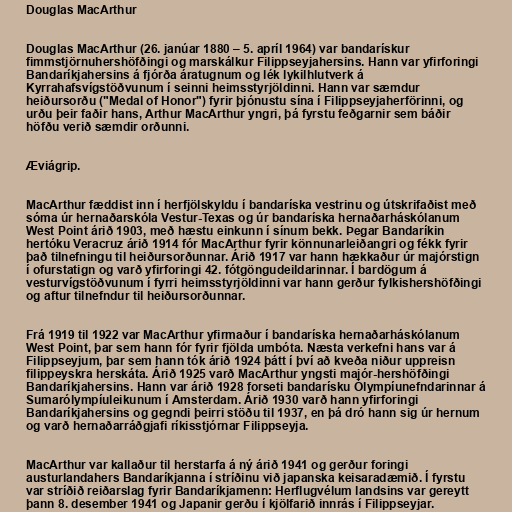
Douglas MacArthur

Douglas MacArthur (26. janúar 1880 – 5. apríl 1964) var bandarískur
fimmstjörnuhershöfðingi og marskálkur Filippseyjahersins. Hann var yfirforingi
Bandaríkjahersins á fjórða áratugnum og lék lykilhlutverk á
Kyrrahafsvígstöðvunum í seinni heimsstyrjöldinni. Hann var sæmdur
heiðursorðu ("Medal of Honor") fyrir þjónustu sína í Filippseyjaherförinni, og
urðu þeir faðir hans, Arthur MacArthur yngri, þá fyrstu feðgarnir sem báðir
höfðu verið sæmdir orðunni.

Æviágrip.

MacArthur fæddist inn í herfjölskyldu í bandaríska vestrinu og útskrifaðist með
sóma úr hernaðarskóla Vestur-Texas og úr bandaríska hernaðarháskólanum
West Point árið 1903, með hæstu einkunn í sínum bekk. Þegar Bandaríkin
hertóku Veracruz árið 1914 fór MacArthur fyrir könnunarleiðangri og fékk fyrir
það tilnefningu til heiðursorðunnar. Árið 1917 var hann hækkaður úr majórstign
í ofurstatign og varð yfirforingi 42. fótgöngudeildarinnar. Í bardögum á
vesturvígstöðvunum í fyrri heimsstyrjöldinni var hann gerður fylkishershöfðingi
og aftur tilnefndur til heiðursorðunnar.

Frá 1919 til 1922 var MacArthur yfirmaður í bandaríska hernaðarháskólanum
West Point, þar sem hann fór fyrir fjölda umbóta. Næsta verkefni hans var á
Filippseyjum, þar sem hann tók árið 1924 þátt í því að kveða niður uppreisn
filippeyskra herskáta. Árið 1925 varð MacArthur yngsti majór-hershöfðingi
Bandaríkjahersins. Hann var árið 1928 forseti bandarísku Ólympíunefndarinnar á
Sumarólympíuleikunum í Amsterdam. Árið 1930 varð hann yfirforingi
Bandaríkjahersins og gegndi þeirri stöðu til 1937, en þá dró hann sig úr hernum
og varð hernaðarráðgjafi ríkisstjórnar Filippseyja.

MacArthur var kallaður til herstarfa á ný árið 1941 og gerður foringi
austurlandahers Bandaríkjanna í stríðinu við japanska keisaradæmið. Í fyrstu
var stríðið reiðarslag fyrir Bandaríkjamenn: Herflugvélum landsins var gereytt
þann 8. desember 1941 og Japanir gerðu í kjölfarið innrás í Filippseyjar.